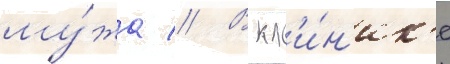
му́жа // В кл'и́н'ик'е